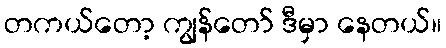
တကယ်တော့ ကျွန်တော် ဒီမှာ နေတယ်။